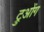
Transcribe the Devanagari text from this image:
ट्रुओंग